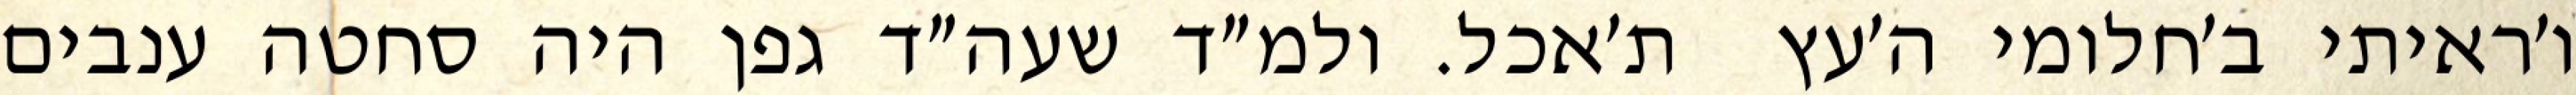
ו׳ראיתי ב׳חלומי ה׳עץ  ת׳אכל. ולמ״ד שעה״ד גפן היה סחטה ענבים